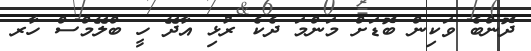
ދޮންބެ ވަކިން ބޮޑަށް މަންމަ ދެކެ ރުޅި އާދޭ ހީ ބްލޭމްސް ހާރ